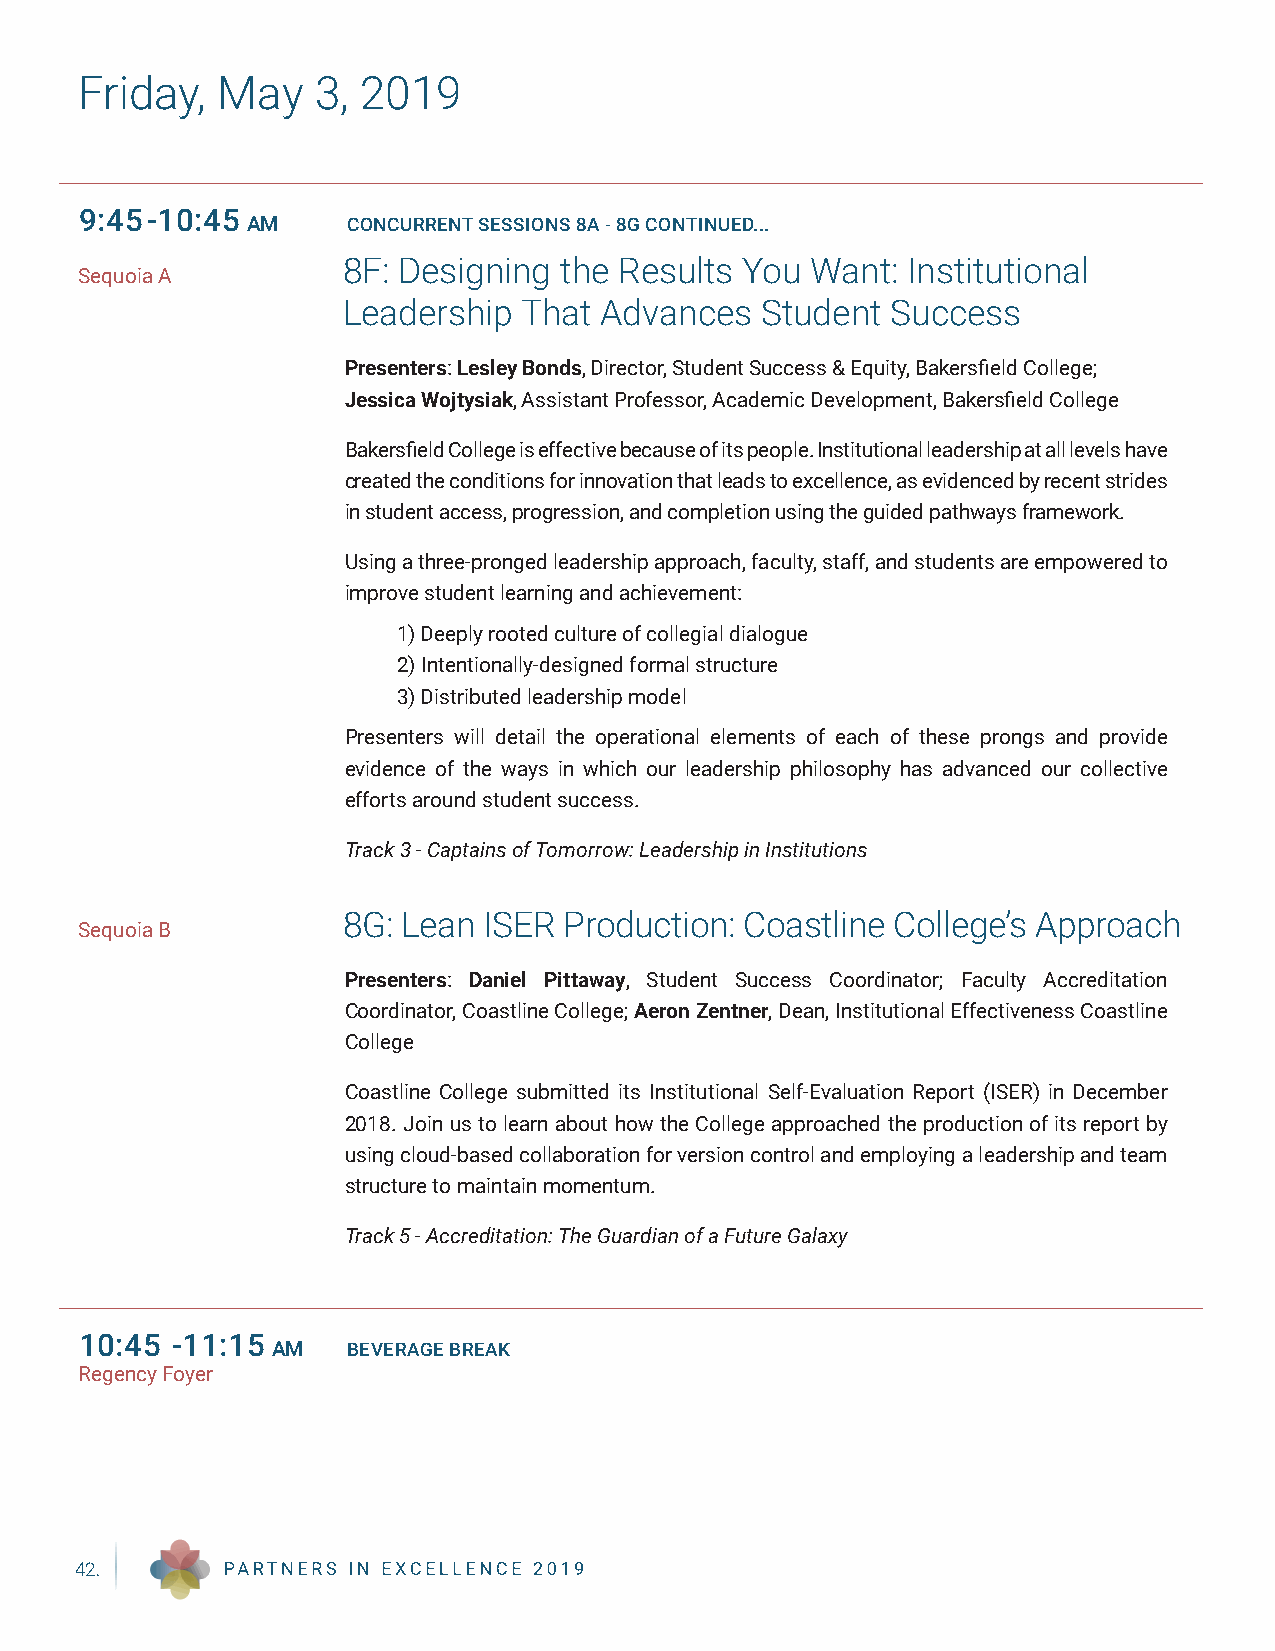
Friday,  May    3, 2019
 9:45-10:45
 AM     CONCURRENT SESSIONS 8A - 8G CONTINUED...
 8F: Designing the Results You  Want: Institutional
 Sequoia A
 Leadership  That Advances  Student  Success
 Presenters: Lesley Bonds, Director, Student Success & Equity, Bakersfield College;
 Jessica Wojtysiak, Assistant Professor, Academic Development, Bakersfield College
 Bakersfield College is effective because of its people. Institutional leadership at all levels have
 created the conditions for innovation that leads to excellence, as evidenced by recent strides
 in student access, progression, and completion using the guided pathways framework.
 Using a three-pronged leadership approach, faculty, staff, and students are empowered to
 improve student learning and achievement:
 1) Deeply rooted culture of collegial dialogue
 2) Intentionally-designed formal structure
 3) Distributed leadership model
 Presenters will detail the operational elements of each of these prongs and provide
 evidence of the ways in which our leadership philosophy has advanced our collective
 efforts around student success.
 Track 3 - Captains of Tomorrow: Leadership in Institutions
 8G: Lean ISER Production: Coastline College’s Approach
 Sequoia B
 Presenters: Daniel Pittaway, Student Success Coordinator; Faculty Accreditation
 Coordinator, Coastline College; Aeron Zentner, Dean, Institutional Effectiveness Coastline
 College
 Coastline College submitted its Institutional Self-Evaluation Report (ISER) in December
 2018. Join us to learn about how the College approached the production of its report by
 using cloud-based collaboration for version control and employing a leadership and team
 structure to maintain momentum.
 Track 5 - Accreditation: The Guardian of a Future Galaxy
 10:45 -11:15
 AM   BEVERAGE BREAK
 Regency Foyer
 42.